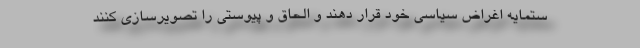
ستمایه اغراض سیاسی خود قرار دهند و الحاق و پیوستی را تصویرسازی کنند